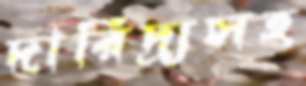
দারিদ্র্যসহ